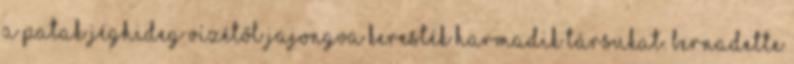
a patak jéghideg vízétől jajongva keresték harmadik társukat. Bernadette